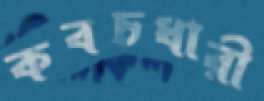
কবচধারী